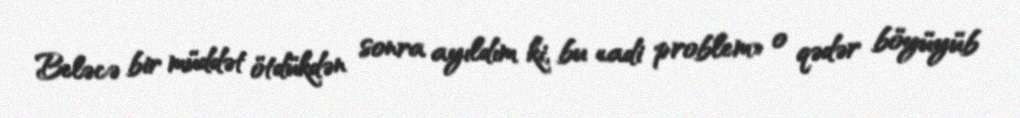
Beləcə bir müddət ötdükdən sonra ayıldım ki, bu «adi problem» o qədər böyüyüb